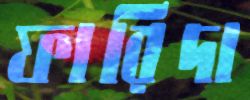
ফারিদা